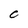
Character: 0